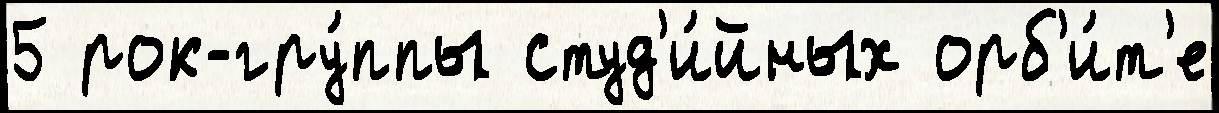
5 рок-гру́ппы студ'и́йных орб'и́т'е